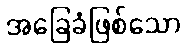
အခြေခံဖြစ်သော